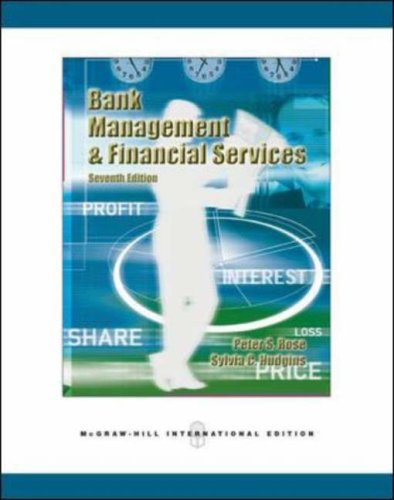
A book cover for Bank Management and Financial Services; Peter S. Rose; Business & Money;